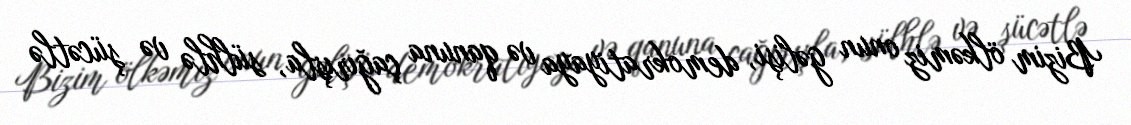
Bizim ölkəmiz onun gəlişi, demokratiyaya və qanuna çağırışla, sülhlə və şücətlə